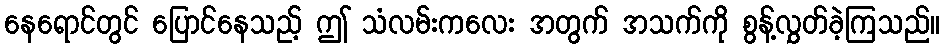
နေရောင်တွင် ပြောင်နေသည့် ဤ သံလမ်းကလေး အတွက် အသက်ကို စွန့်လွှတ်ခဲ့ကြသည်။